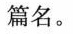
篇名。